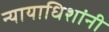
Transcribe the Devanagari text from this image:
न्यायाधिशांनी